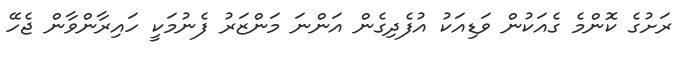
ރަށުގެ ކޮންމެ ގެއަކުން ވަޑިއަކު އުފެދިގެން އަންނަ މަންޒަރު ފެނުމަކީ ހައިރާންވާން ޖެހޭ